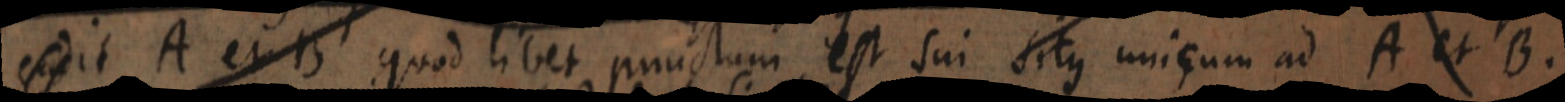
cadit A et B quod libet punctum est sui situs unicum ad A et B.